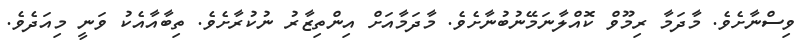
ވިސްނާށެވެ. މާދަމާ ރިމޫވް ކޮއްލާނަމޭނުބުނާށެވެ. މާދަމާއަށް އިންތިޒާރު ނުކުރާށެވެ. ތިބާއާއެކު ވަނީ މިއަދެވެ.